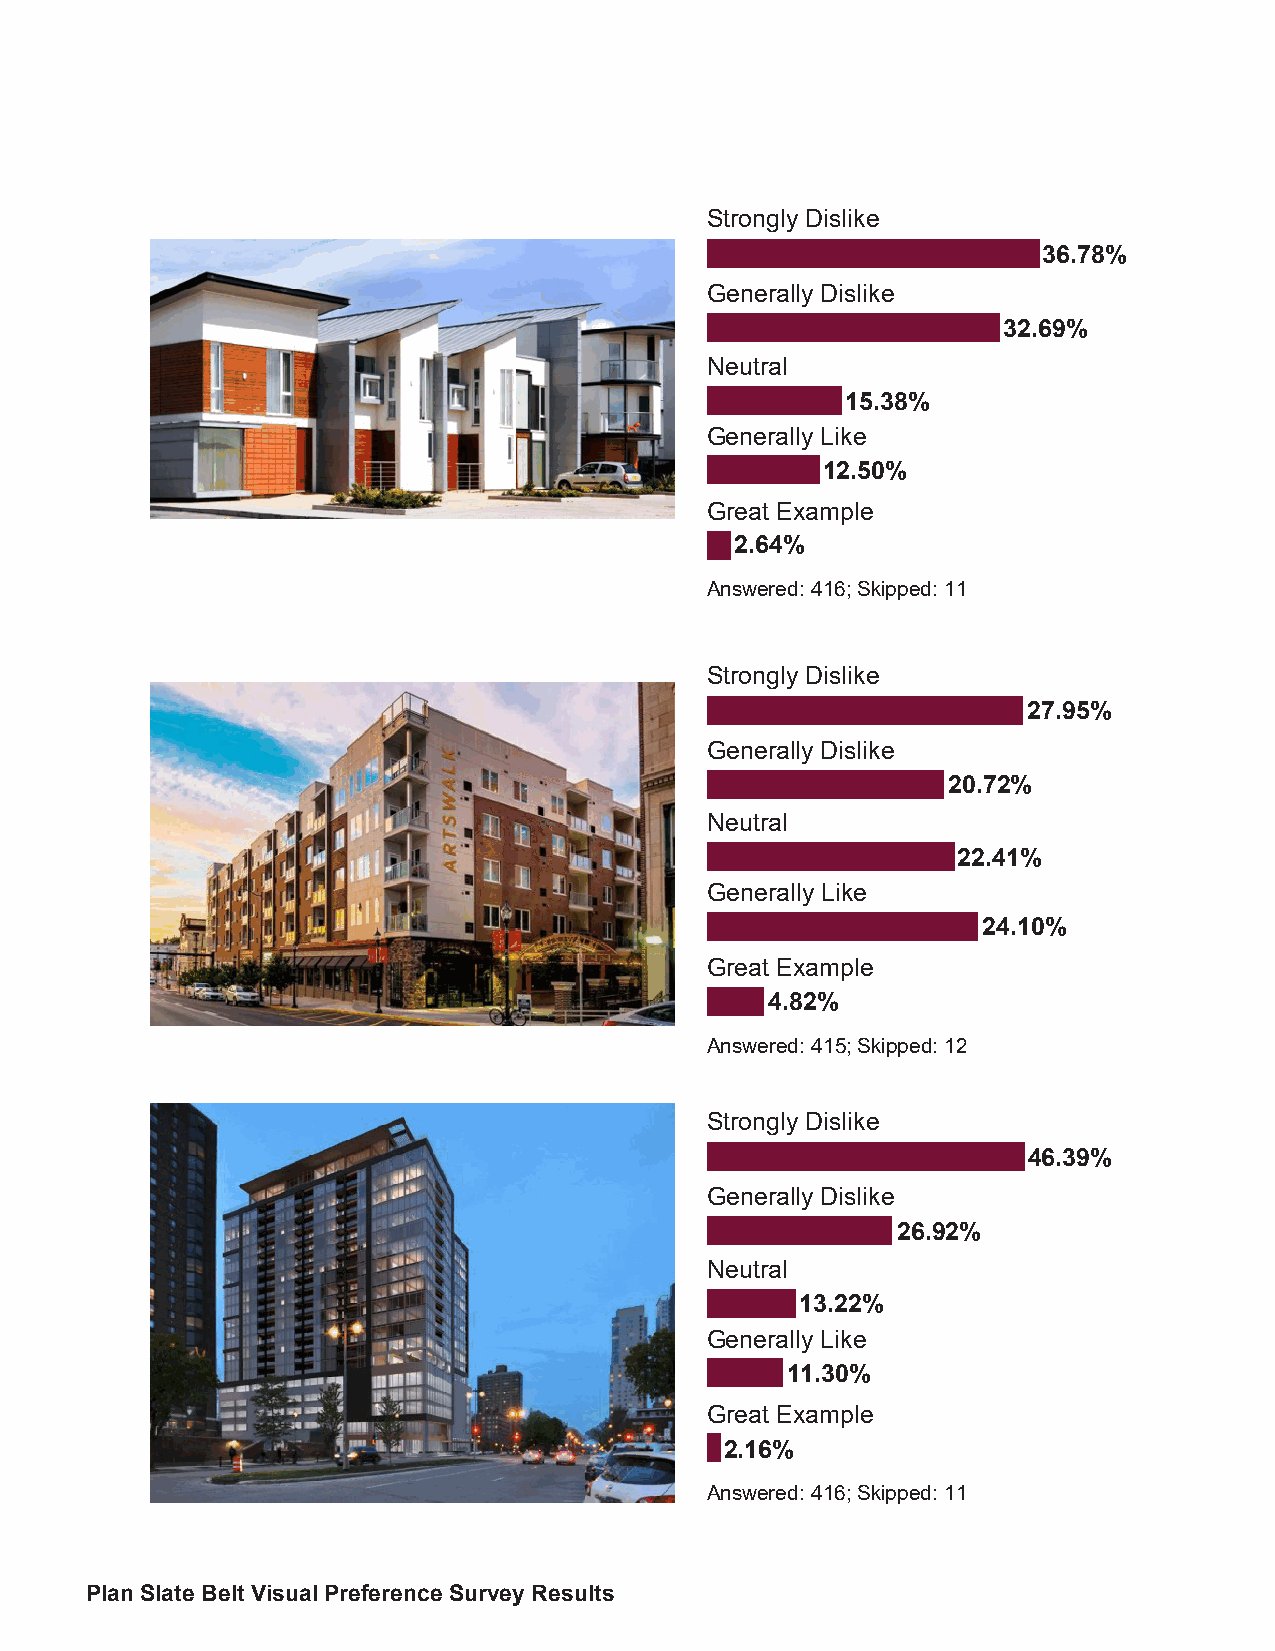
Strongly Dislike
 36.78%
 Generally Dislike
 32.69%
 Neutral
 15.38%
 Generally Like
 12.50%
 Great Example
 2.64%
 Answered: 416; Skipped: 11
 Strongly Dislike
 27.95%
 Generally Dislike
 20.72%
 Neutral
 22.41%
 Generally Like
 24.10%
 Great Example
 4.82%
 Answered: 415; Skipped: 12
 Strongly Dislike
 46.39%
 Generally Dislike
 26.92%
 Neutral
 13.22%
 Generally Like
 11.30%
 Great Example
 2.16%
 Answered: 416; Skipped: 11
 Plan Slate Belt Visual Preference Survey Results